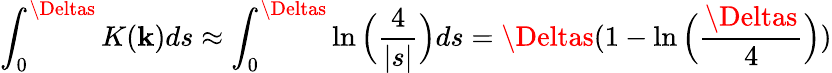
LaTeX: \int_{0}^{\Deltas}K(\mathbf{k})ds\approx\int_{0}^{\Deltas}\ln\Big(\frac{{4}}{{|s|}}\Big)ds=\Deltas(1-\ln\Big({\frac{{\Deltas}}{{4}}}\Big))